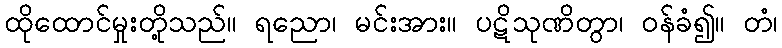
ထိုထောင်မှုးတို့သည်။ ရညော၊ မင်းအား။ ပဋိသုဏိတွာ၊ ဝန်ခံ၍။ တံ၊